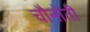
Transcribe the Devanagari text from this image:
चौनोती